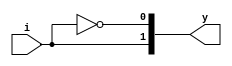
`timescale 1ns / 1ps
//////////////////////////////////////////////////////////////////////////////////
// Company: 
// Engineer: 
// 
// Design Name: 
// Module Name: decoder_1x2_nor
// Project Name: 
// Target Devices: 
// Tool Versions: 
// Description: 
// 
// Dependencies: 
// 
// Revision:
// Revision 0.01 - File Created
// Additional Comments:
// 
//////////////////////////////////////////////////////////////////////////////////


module decoder_1x2_nor(input i, output [1:0]y );
wire w1;
nor n1(y[0],i,i);
nor n2(y[1],y[0],y[0]);
endmodule